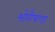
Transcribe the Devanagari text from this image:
भोगैषणा